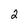
Character: 2